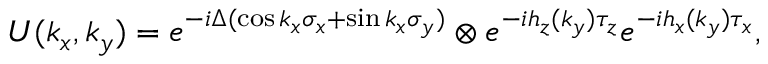
U ( k _ { x } , k _ { y } ) = e ^ { - i \Delta ( \cos k _ { x } \sigma _ { x } + \sin k _ { x } \sigma _ { y } ) } \otimes e ^ { - i h _ { z } ( k _ { y } ) \tau _ { z } } e ^ { - i h _ { x } ( k _ { y } ) \tau _ { x } } ,